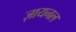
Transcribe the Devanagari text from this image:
ज़ायनल